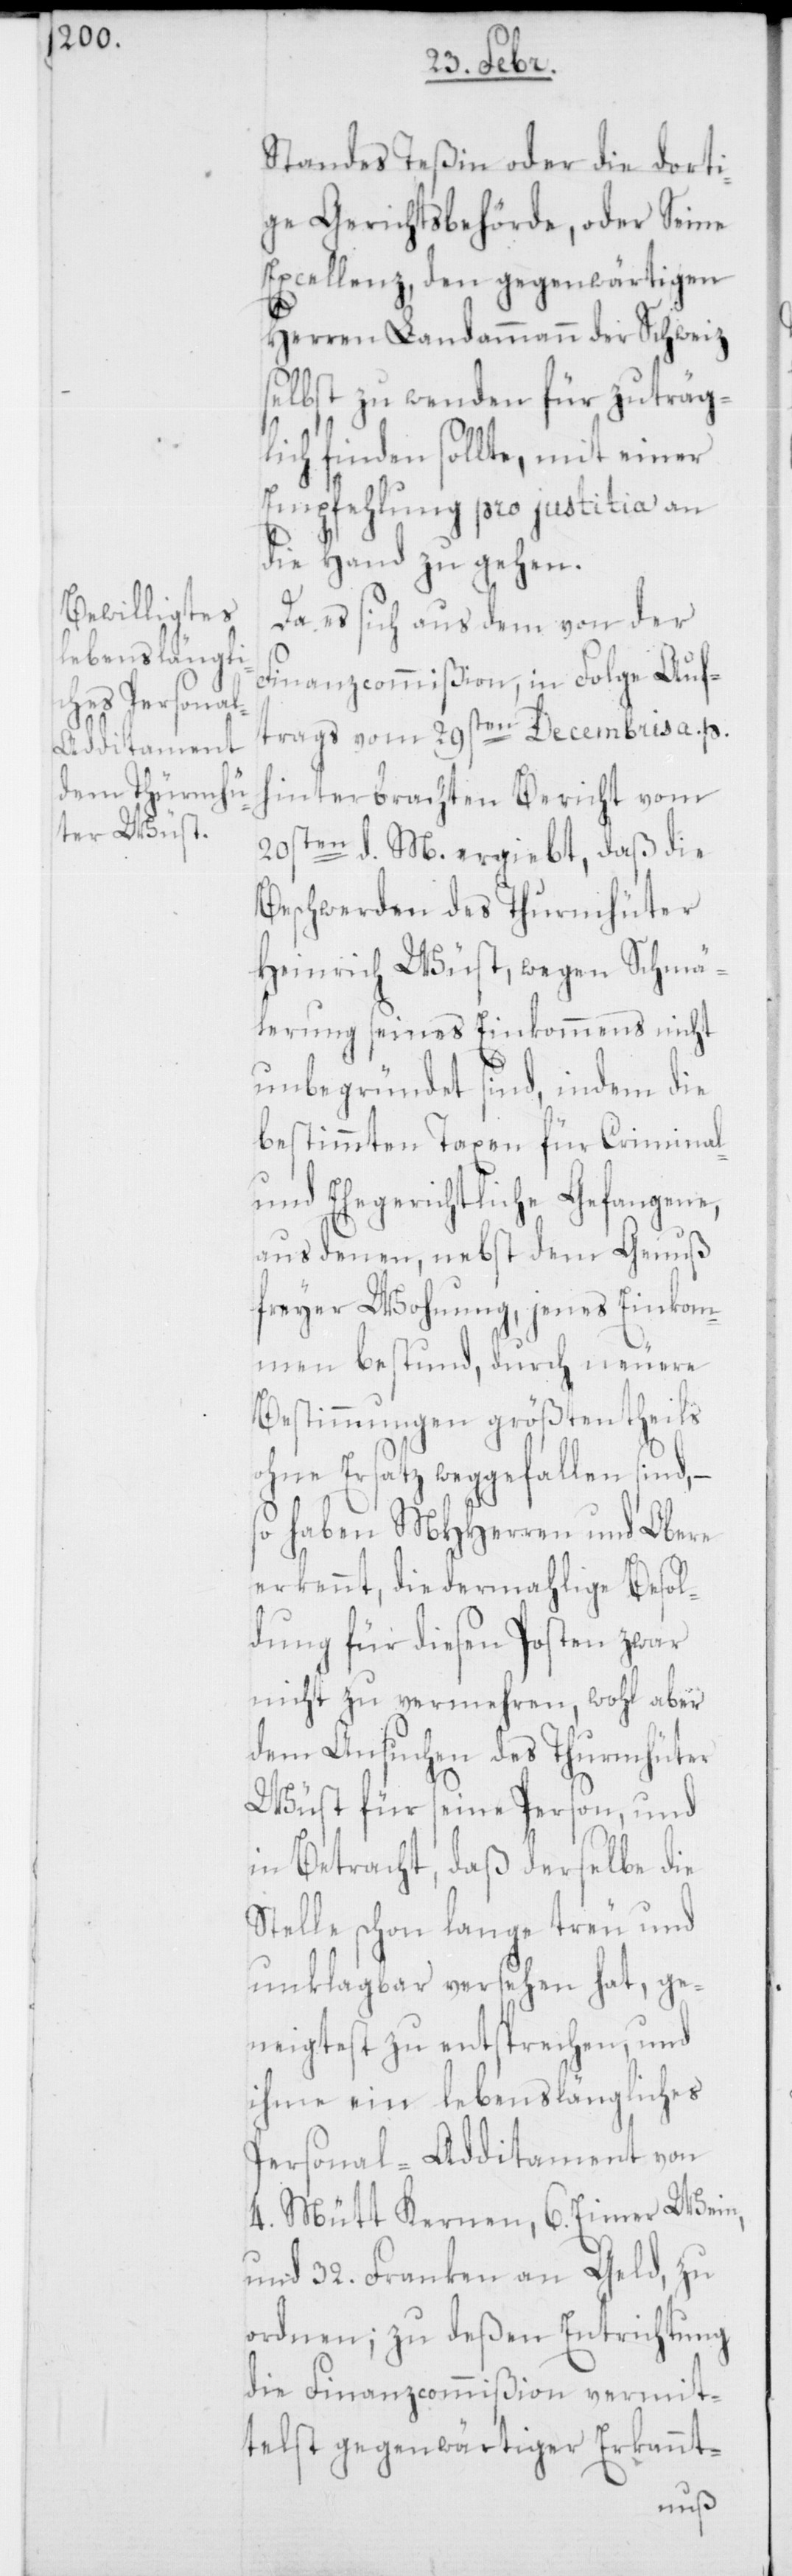
Standes Teßin oder die dorti¬
ge Gerichtsbehörde, oder Seine
Excellenz, den gegenwärtigen
Herren Landammann der Schweiz
selbst zu wenden für zuträg¬
lich finden sollte, mit einer
Empfehlung pro justitia an
die Hand zu gehen.
Da es sich aus dem von der
Finanzcommißion, in Folge Auf¬
trags vom 29sten Decembris a. p.
hinterbrachten Bericht vom
20sten d. M. ergiebt, daß die
Beschwerden des Thurmhüter
Heinrich Wüst, wegen Schmä¬
lerung seines Einkommens nicht
unbegründet sind, indem die
bestimmten Taxen für Criminal-
und Ehegerichtliche Gefangene,
aus denen, nebst dem Genuß
freyer Wohnung, jenes Einkom¬
men bestund, durch neuere
Bestimmungen größtentheils
ohne Ersatz weggefallen sind, –
so haben MHHerren und Obere
erkennt, die dermahlige Besol¬
dung für diesen Posten zwar
nicht zu vermehren, wohl aber
dem Ansuchen des Thurmhüter
Wüst für seine Person, und
in Betracht, daß derselbe die
Stelle schon lange treu und
unklagbar versehen hat, ge¬
neigtest zu entsprechen, und
ihme ein lebenslängliches
Personal-Additament von
4. Mütt Kernen, 6. Eimer Wein,
und 32. Franken an Geld, zu
ordnen; zu deßen Entrichtung
die Finanzcommißion vermit¬
telst gegenwärtiger Erkannt-